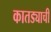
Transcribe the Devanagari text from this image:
कातड्याची